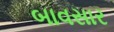
બાવસાર